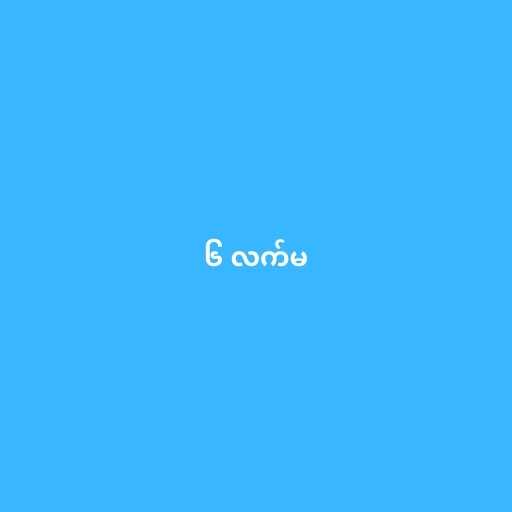
၆ လက်မ